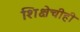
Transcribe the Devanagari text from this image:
शिक्षेचीही